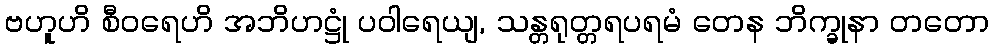
ဗဟူဟိ စီဝရေဟိ အဘိဟဋ္ဌုံ ပဝါရေယျ, သန္တရုတ္တရပရမံ တေန ဘိက္ခုနာ တတော